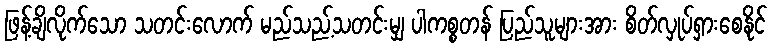
ဖြန့်ချိလိုက်သော သတင်းလောက် မည်သည့်သတင်းမျှ ပါကစ္စတန် ပြည်သူများအား စိတ်လှုပ်ရှားစေနိုင်